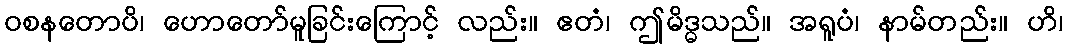
ဝစနတောပိ၊ ဟောတော်မူခြင်းကြောင့် လည်း။ ဧတံ၊ ဤမိဒ္ဓသည်။ အရူပံ၊ နာမ်တည်း။ ဟိ၊